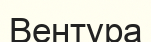
Вентура